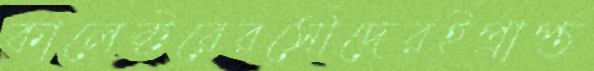
কালেক্টরেরসৌদেরইপ্রাপ্ত